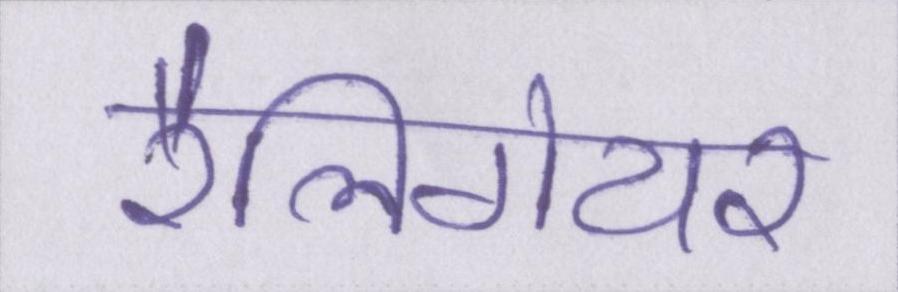
रेलिगेयर